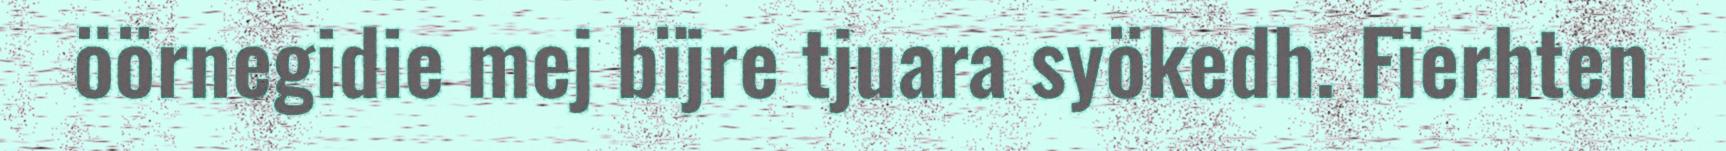
öörnegidie mej bïjre tjuara syökedh. Fïerhten